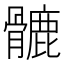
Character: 𩪉